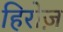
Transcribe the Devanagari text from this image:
हिरोज़